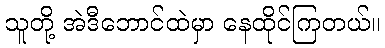
သူတို့ အဲဒီဘောင်ထဲမှာ နေထိုင်ကြတယ်။